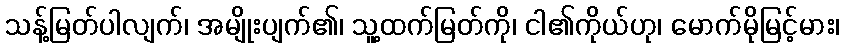
သန့်မြတ်ပါလျက်၊ အမျိုးပျက်၏၊ သူ့ထက်မြတ်ကို၊ ငါ၏ကိုယ်ဟု၊ မောက်မိုမြင့်မား၊